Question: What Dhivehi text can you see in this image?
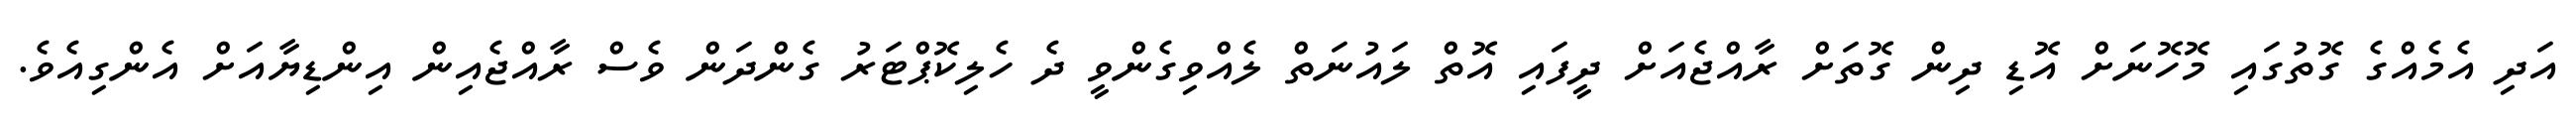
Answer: އަދި އެމެއްގެ ގޮތުގައި މޮހޮނަށް އޮޑި ދިން ގޮތަށް ރާއްޖެއަށް ދީފައި އޮތް ލައުނަތް ލެއްވިގެންވީ ދެ ހެލިކޮޕްޓަރު ގެންދަން ވެސް ރާއްޖެއިން އިންޑިޔާއަށް އެންގިއެވެ.